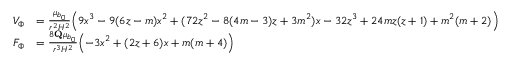
\begin{array} { r l } { V _ { \Phi } } & { = \frac { \mu _ { b _ { 0 } } } { r ^ { 2 } H ^ { 2 } } \Bigl ( 9 x ^ { 3 } - 9 ( 6 z - m ) x ^ { 2 } + ( 7 2 z ^ { 2 } - 8 ( 4 m - 3 ) z + 3 m ^ { 2 } ) x - 3 2 z ^ { 3 } + 2 4 m z ( z + 1 ) + m ^ { 2 } ( m + 2 ) \Bigr ) } \\ { F _ { \Phi } } & { = \frac { 8 \mathbf { Q } \mu _ { b _ { 0 } } } { r ^ { 3 } H ^ { 2 } } \Bigl ( - 3 x ^ { 2 } + ( 2 z + 6 ) x + m ( m + 4 ) \Bigr ) } \end{array}